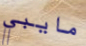
مايبي